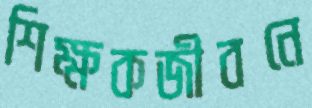
শিক্ষকজীবনে